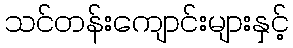
သင်တန်းကျောင်းများနှင့်